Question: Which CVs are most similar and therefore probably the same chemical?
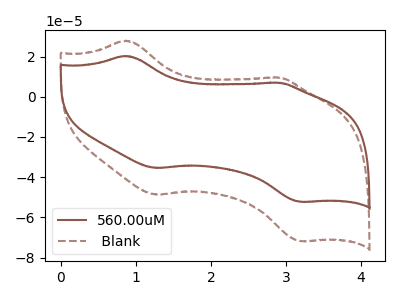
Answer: <think>The brown curve "560.00uM" has anodic peaks at (0.85V, 20.30uA) (2.90V, 6.95uA) and cathodic peaks at (1.25V, -35.45uA) (3.20V, -52.25uA). The brown dashed curve " Blank" has anodic peaks at (0.85V, 27.90uA) (2.90V, 9.60uA) and cathodic peaks at (1.25V, -48.70uA) (3.20V, -71.85uA).
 All the peaks in "560.00uM" have a peak in " Blank" at the same potential. Every peak in "560.00uM" is lower than every peak in " Blank".</think>
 <answer>" Blank" and "560.00uM" have the same shape and are likely CV's of the same chemical.</answer>
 <eval>" Blank" "560.00uM"</eval>